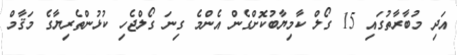
އަދި މުބާރާތުގައި 15 ގޯލް ކާމިޔާބުކޮށްގެން އެންމެ ގިނަ ގޯލްޖެހި ކުޅުންތެރިޔާގެ މަޤާމް